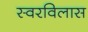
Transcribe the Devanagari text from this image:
स्वरविलास